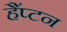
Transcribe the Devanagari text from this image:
हैंप्टन